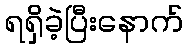
ရရှိခဲ့ပြီးနောက်